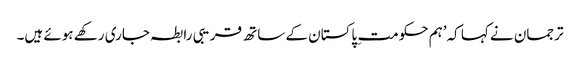
ترجمان نے کہا کہ’ہم حکومت ِ پاکستان کے ساتھ قریبی رابطہ جاری رکھے ہوئے ہیں۔